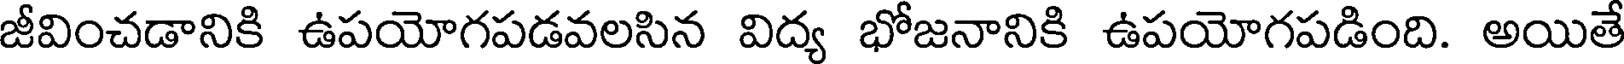
జీవించడానికి ఉపయోగపడవలసిన విద్య భోజనానికి ఉపయోగపడింది. అయితే